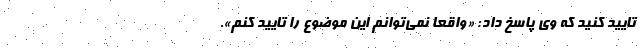
تایید کنید که وی پاسخ داد: «واقعا نمی‌توانم این موضوع را تایید کنم».